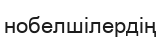
нобелшілердің